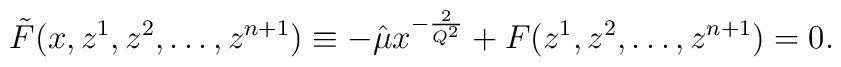
\tilde{F}(x,z^1,z^2,\ldots,z^{n+1})\equiv -\hat{\mu} x^{-\frac{2}{Q^2}} +F(z^1,z^2,\ldots,z^{n+1})=0.